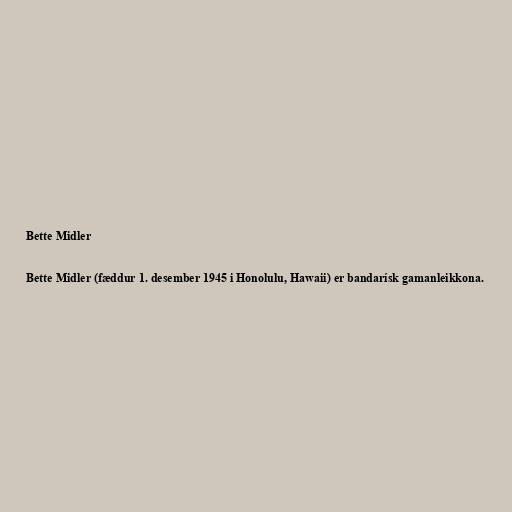
Bette Midler

Bette Midler (fæddur 1. desember 1945 i Honolulu, Hawaii) er bandarísk gamanleikkona.